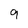
Character: 9